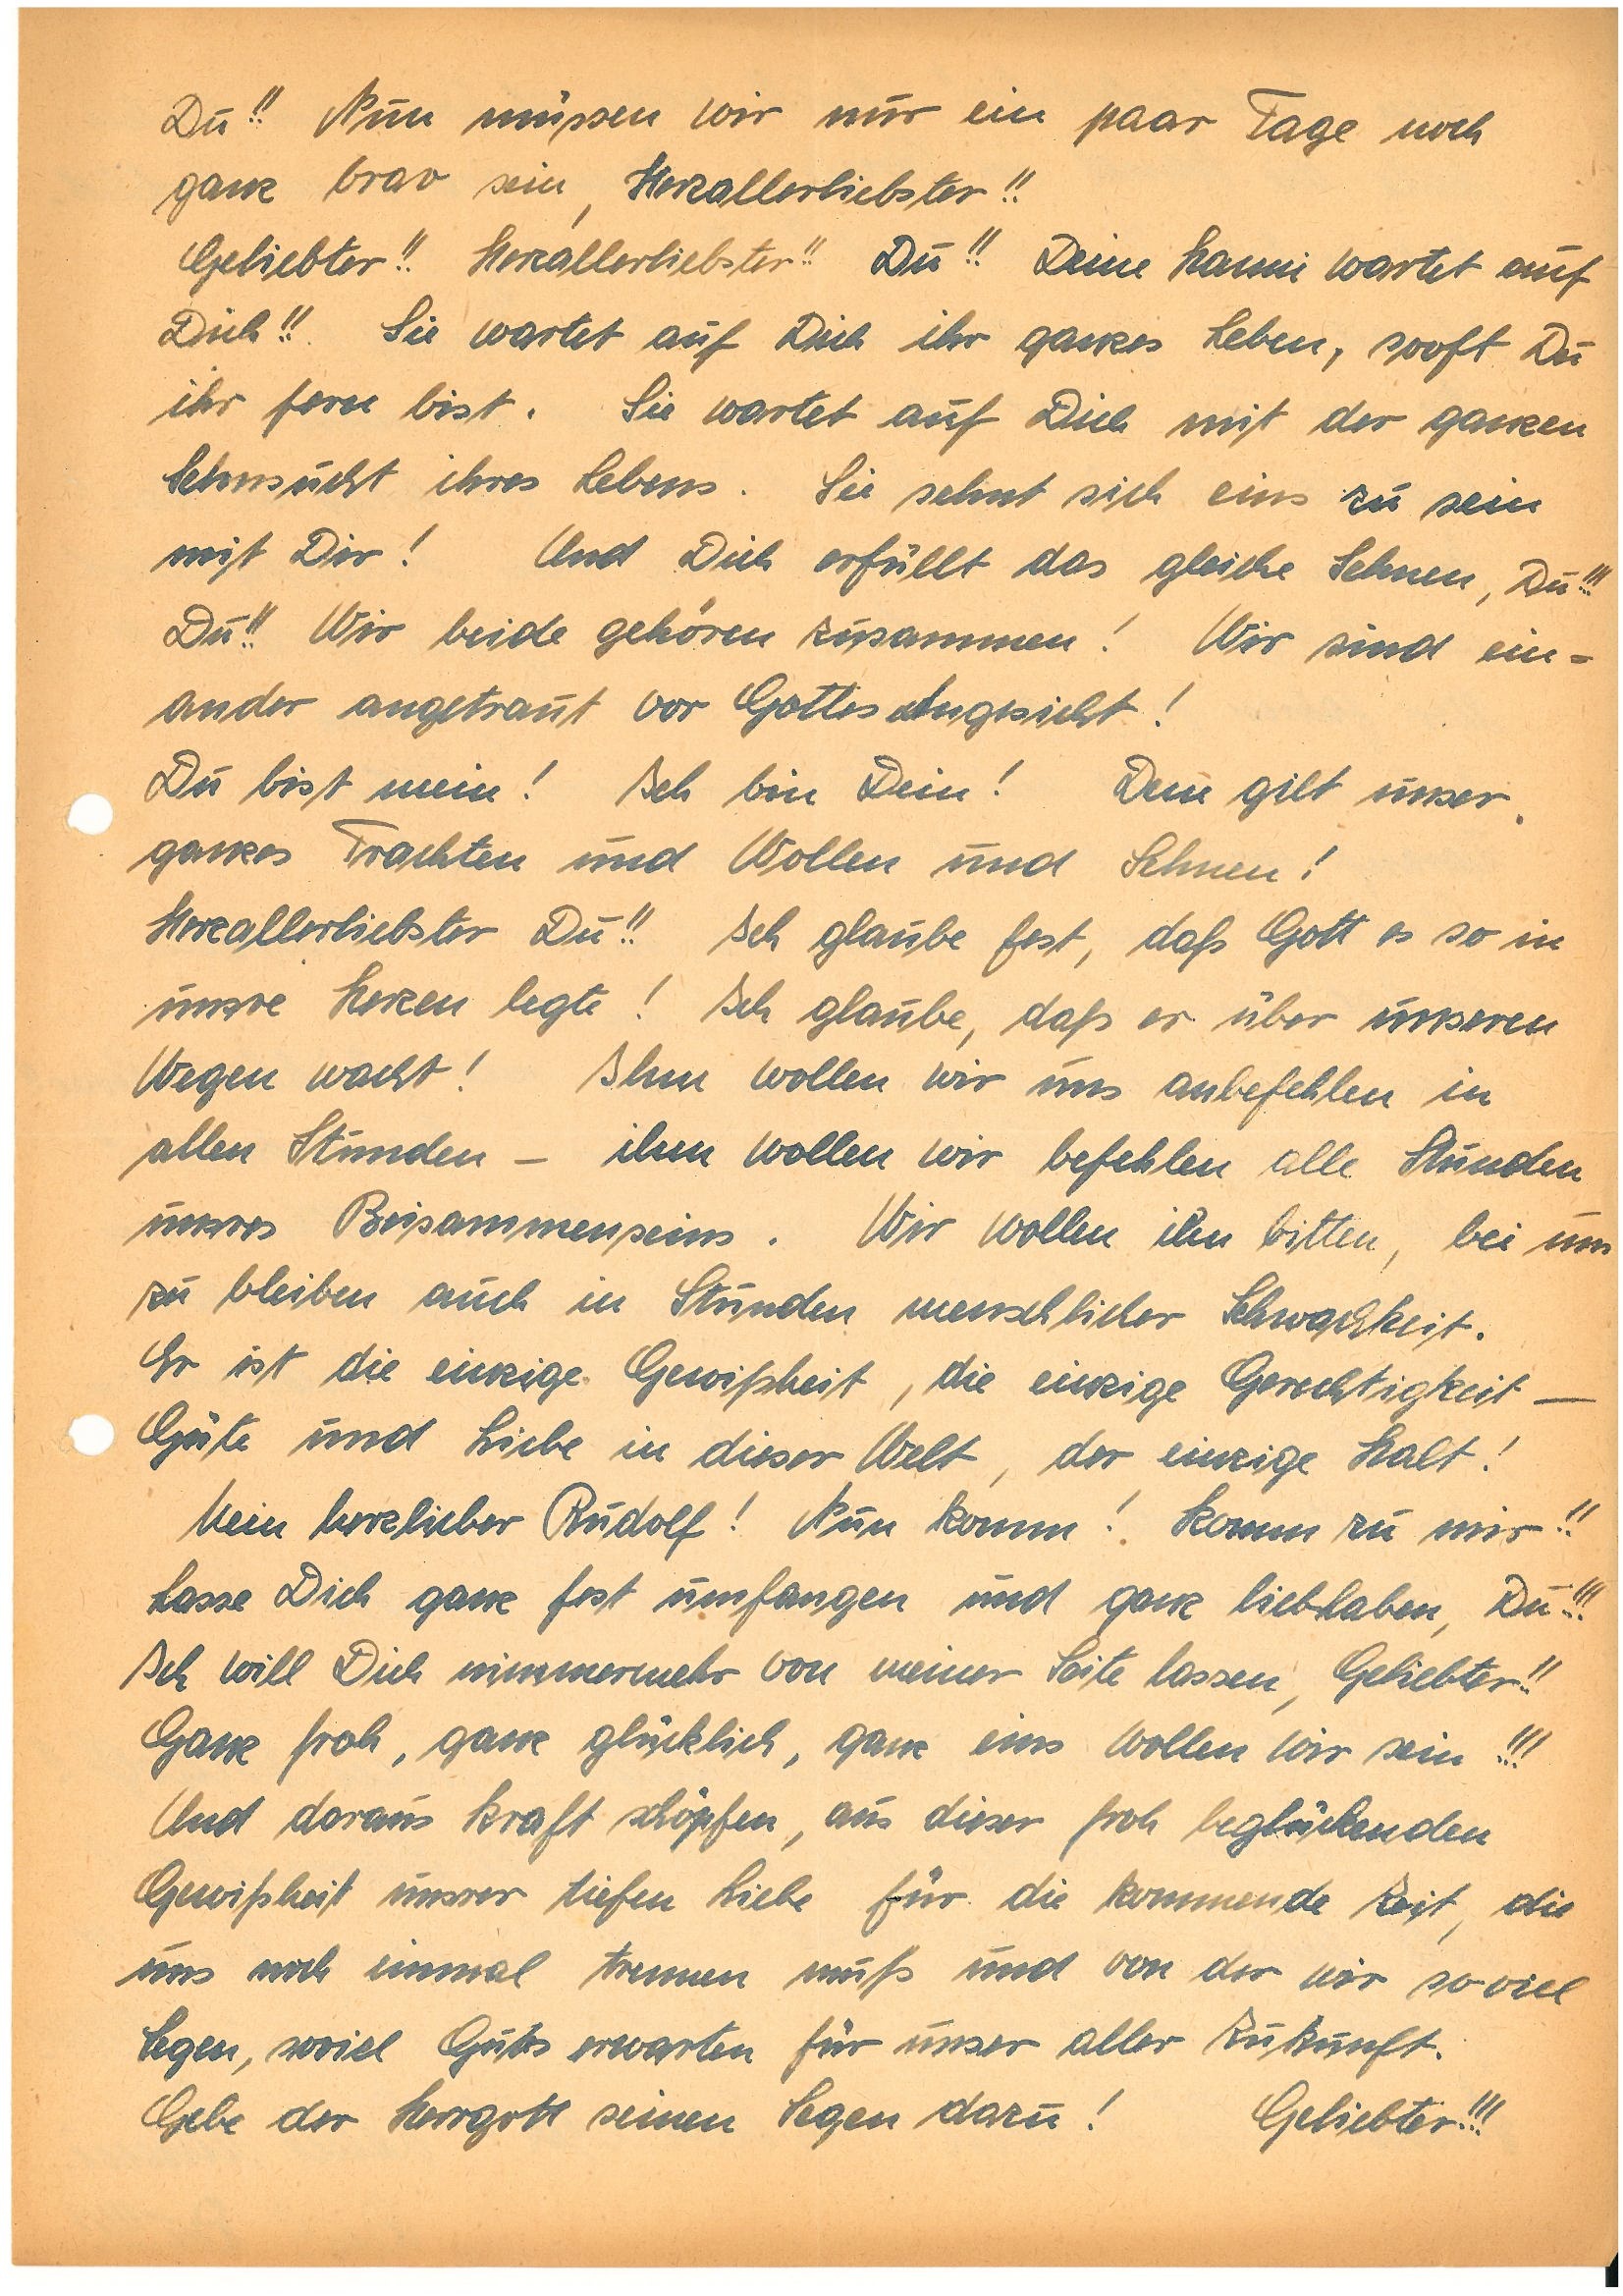
Du!! Nun müssen wir nur ein paar Tage noch
ganz brav sein, Herzallerliebster!!
Geliebter!! Herzallerliebster!! Du!! Deine wartet auf
Dich!! Sie wartet auf Dich ihr ganzes Leben, sooft Du
ihr fern bist. Sie wartet auf Dich mit der ganzen
Sehnsucht ihres Lebens. Sie sehnt sich eins zu sein
mit Dir! Und Dich erfüllt das gleiche Sehnen, Du!!!
Du!! Wir beide gehören zusammen! Wir sind ein¬
ander angetraut vor Gottes Angesicht!
Du bist mein! Ich bin Dein! Dem gilt unser
ganzes Trachten und Wollen und Sehnen!
Herzallerliebster Du!! Ich glaube fest, daß Gott es so in
unsre Herzen legte! Ich glaube, daß er über unseren
Wegen wacht! Ihm wollen wir uns anbefehlen in
allen Stunden – ihm wollen wir befehlen alle Stunden
unsres Beisammenseins. Wir wollen ihn bitten, bei uns
zu bleiben auch in Stunden menschlicher Schwachheit.
Er ist die einzige Gewißheit, die einzige Gerechtigkeit –
Güte und Liebe in dieser Welt, der einzige Halt!
Mein herzlieber ! Nun komm! Komm zu mir!!
Lasse Dich ganz fest umfangen und ganz liebhaben, Du!!!
Ich will Dich nimmermehr von meiner Seite lassen, Geliebter!!
Ganz froh, ganz glücklich, ganz eins wollen wir sein!!!
Und daraus Kraft schöpfen, aus dieser froh beglückenden
Gewißheit unsrer tiefen Liebe für die kommende Zeit, die
uns noch einmal trennen muß und von der wir soviel
Segen, soviel Gutes erwarten für unser aller Zukunft.
Gebe der Herrgott seinen Segen dazu! Geliebter!!!